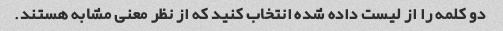
دو کلمه را از لیست داده شده انتخاب کنید که از نظر معنی مشابه هستند.